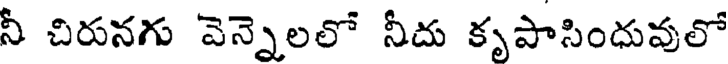
నీ చిరునగు వెన్నెలలో నీదు కృపాసింధువులో